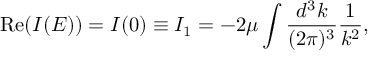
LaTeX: \mathrm { R e } ( I ( E ) ) = I ( 0 ) \equiv I _ { 1 } = - 2 \mu \int \frac { d ^ { 3 } k } { ( 2 \pi ) ^ { 3 } } \frac { 1 } { k ^ { 2 } } ,